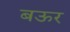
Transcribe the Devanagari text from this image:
बऊर